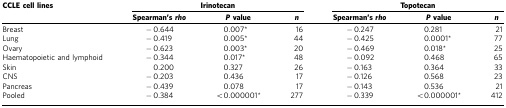
<table><thead><tr><td><b>CCLE cell lines</b></td><td colspan="3"><b>Irinotecan</b></td><td colspan="3"><b>Topotecan</b></td></tr><tr><td><b> </b></td><td><b>Spearman&#x27;s<i>rho</i></b></td><td><b><i>P</i>value</b></td><td><b><i>n</i></b></td><td><b>Spearman&#x27;s<i>rho</i></b></td><td><b><i>P</i>value</b></td><td><b><i>n</i></b></td></tr></thead><tbody><tr><td>Breast</td><td>−0.644</td><td>0.007*</td><td>16</td><td>−0.247</td><td>0.281</td><td>21</td></tr><tr><td>Lung</td><td>−0.419</td><td>0.005*</td><td>44</td><td>−0.425</td><td>0.0001*</td><td>77</td></tr><tr><td>Ovary</td><td>−0.623</td><td>0.003*</td><td>20</td><td>−0.469</td><td>0.018*</td><td>25</td></tr><tr><td>Haematopoietic and lymphoid</td><td>−0.344</td><td>0.017*</td><td>48</td><td>−0.092</td><td>0.468</td><td>65</td></tr><tr><td>Skin</td><td>0.200</td><td>0.327</td><td>26</td><td>−0.163</td><td>0.364</td><td>33</td></tr><tr><td>CNS</td><td>−0.203</td><td>0.436</td><td>17</td><td>−0.126</td><td>0.568</td><td>23</td></tr><tr><td>Pancreas</td><td>−0.439</td><td>0.078</td><td>17</td><td>−0.143</td><td>0.536</td><td>21</td></tr><tr><td>Pooled</td><td>−0.384</td><td>&lt;0.000001*</td><td>277</td><td>−0.339</td><td>&lt;0.000001*</td><td>412</td></tr></tbody></table>